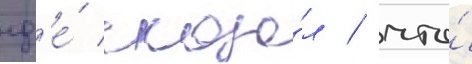
гд'е́ сказа́л / что́